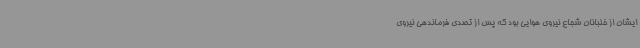
ایشان از خلبانان شجاع نیروی هوایی بود که پس از تصدی فرماندهی نیروی